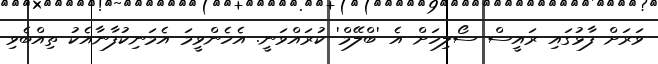
ވަރަށް ފާޅުގައި ރައީސް ސޯލިހަށް އެ 'ބްލޭމް' ކުރައްވަނީ. އެހެންވީމަ އެމަނިކުފާނާއެކު ތިއްބެވި